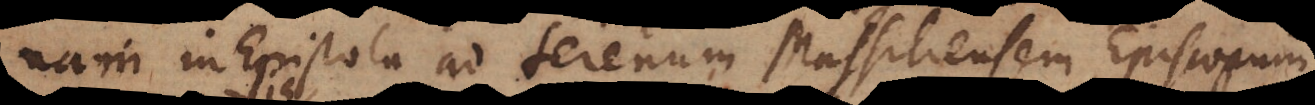
nam in Epistola ad Serenum Massiliensem Episcopum